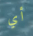
أي